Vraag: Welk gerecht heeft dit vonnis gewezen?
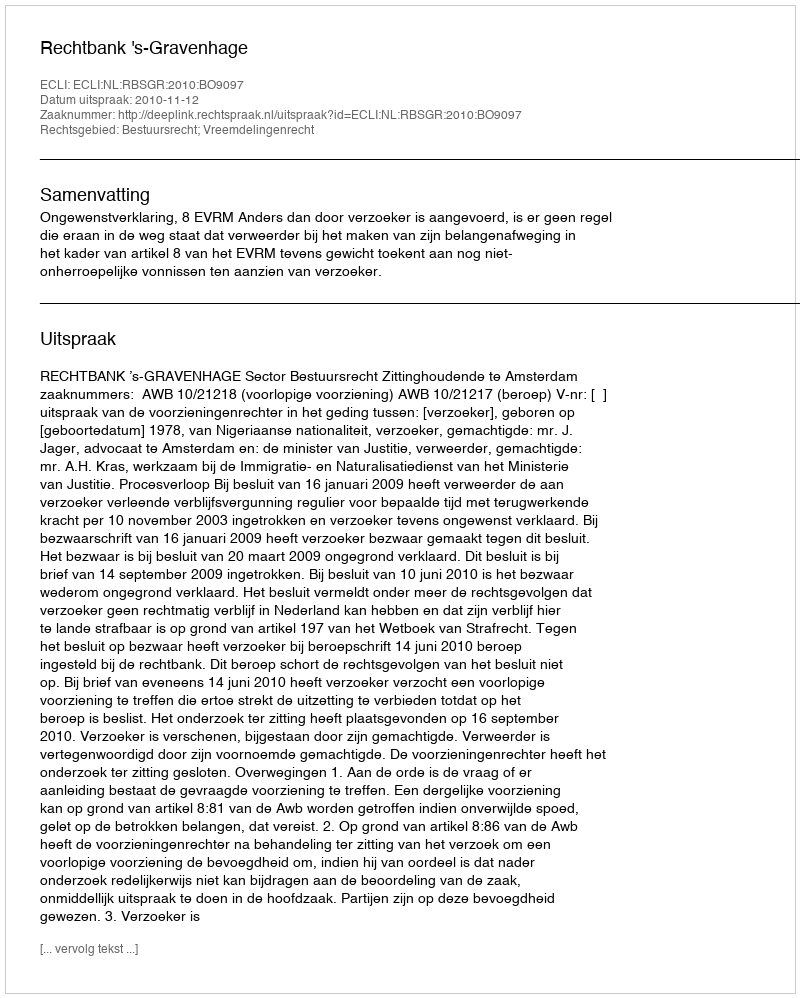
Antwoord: Rechtbank 's-Gravenhage